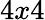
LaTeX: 4x4